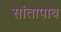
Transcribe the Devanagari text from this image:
सांतापाव